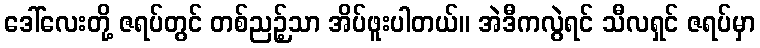
ဒေါ်လေးတို့ ဇရပ်တွင် တစ်ညဉ့်သာ အိပ်ဖူးပါတယ်။ အဲဒီကလွဲရင် သီလရှင် ဇရပ်မှာ